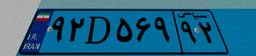
۹۲D۵۶۹۹۲